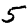
Digit: 5